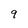
Character: 9